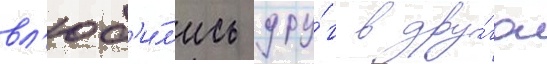
вл'юб'и́л'ись дру́г в дру́га